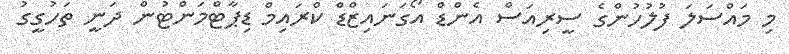
މި މައްސަލަ ފުލުހުންގެ ސީރިއަސް އެންޑް އޯގަނަައިޒްޑް ކްރައިމް ޑިޕާޓްމަންޓުން ދަނީ ތަހުގީގު